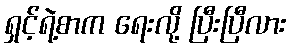
ရှင့်ရဲ့စာက ရေးလို့ ပြီးပြီလား